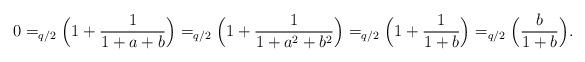
LaTeX: \begin{align*}0=_{q/2}\Bigl(1+\frac 1{1+a+b}\Bigr)=_{q/2}\Bigl(1+\frac 1{1+a^2+b^2}\Bigr)=_{q/2}\Bigl(1+\frac 1{1+b}\Bigr)=_{q/2}\Bigl(\frac b{1+b}\Bigr).\end{align*}